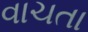
વાચતા